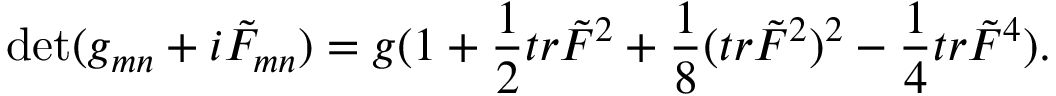
\operatorname * { d e t } ( g _ { m n } + i \tilde { F } _ { m n } ) = g ( 1 + { \frac { 1 } { 2 } } t r \tilde { F } ^ { 2 } + { \frac { 1 } { 8 } } ( t r \tilde { F } ^ { 2 } ) ^ { 2 } - { \frac { 1 } { 4 } } t r \tilde { F } ^ { 4 } ) .